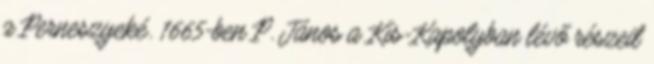
a Perneszyeké. 1665-ben P. János a Kis-Kapolyban lévő részeit